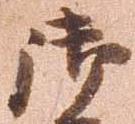
御